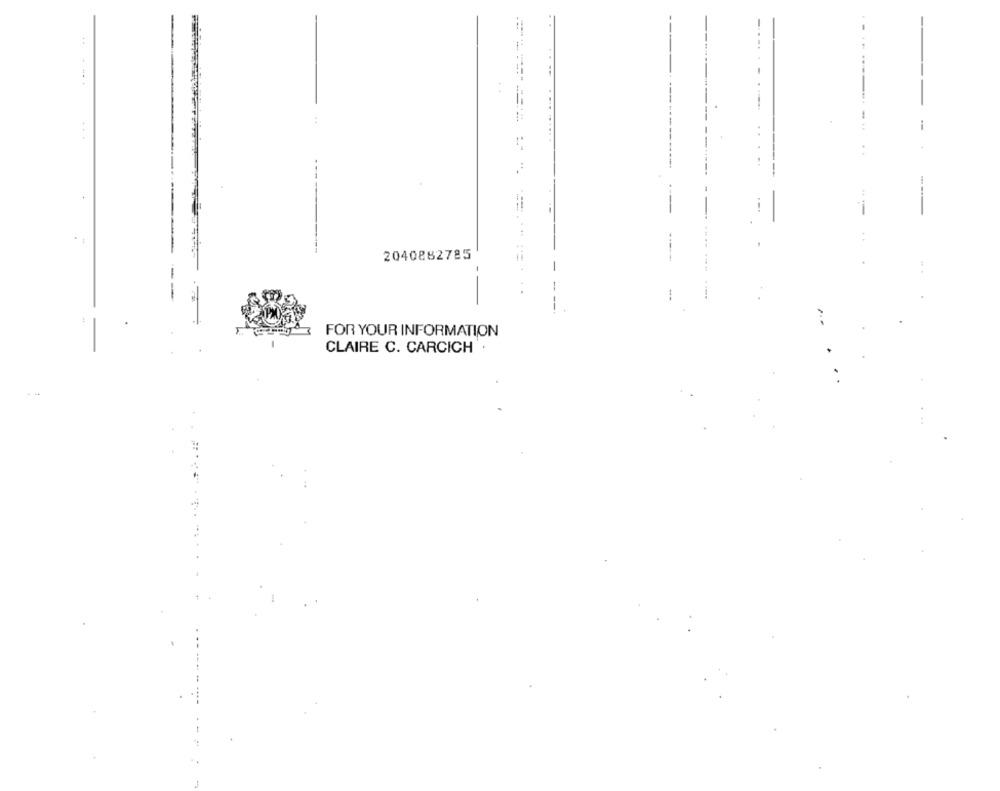
-
..
. .
---
2040882785
--
FOR YOUR INFORMATION
CLAIRE C. CARCICH ·